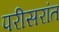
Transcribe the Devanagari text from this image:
परीसरांत